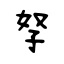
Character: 孥